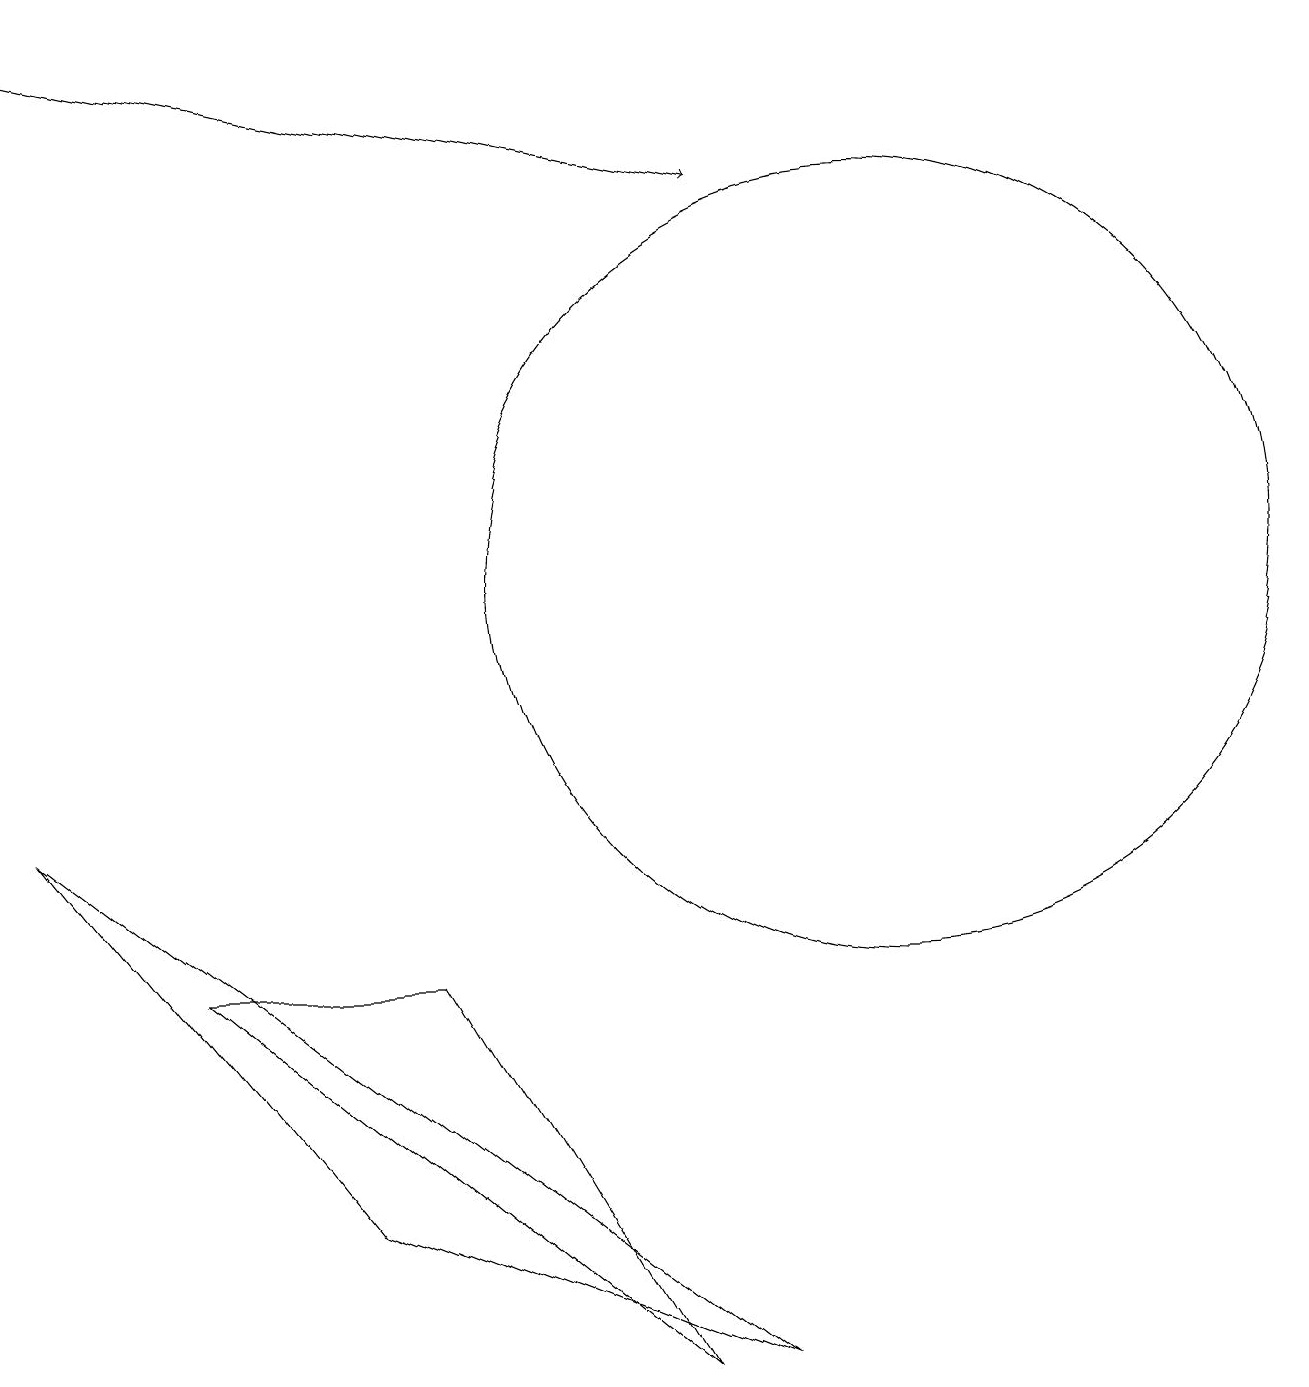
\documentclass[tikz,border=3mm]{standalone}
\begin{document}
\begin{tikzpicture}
\draw (0,7) -- (9,0) -- (4,2) -- cycle;
\draw[->] (0,17) -- (9,15);
\draw (8,0) -- (2,5) -- (5,5) -- cycle;
\draw (11,10) circle (5);
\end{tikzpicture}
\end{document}